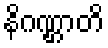
နိဂဏ္ဌာတိ